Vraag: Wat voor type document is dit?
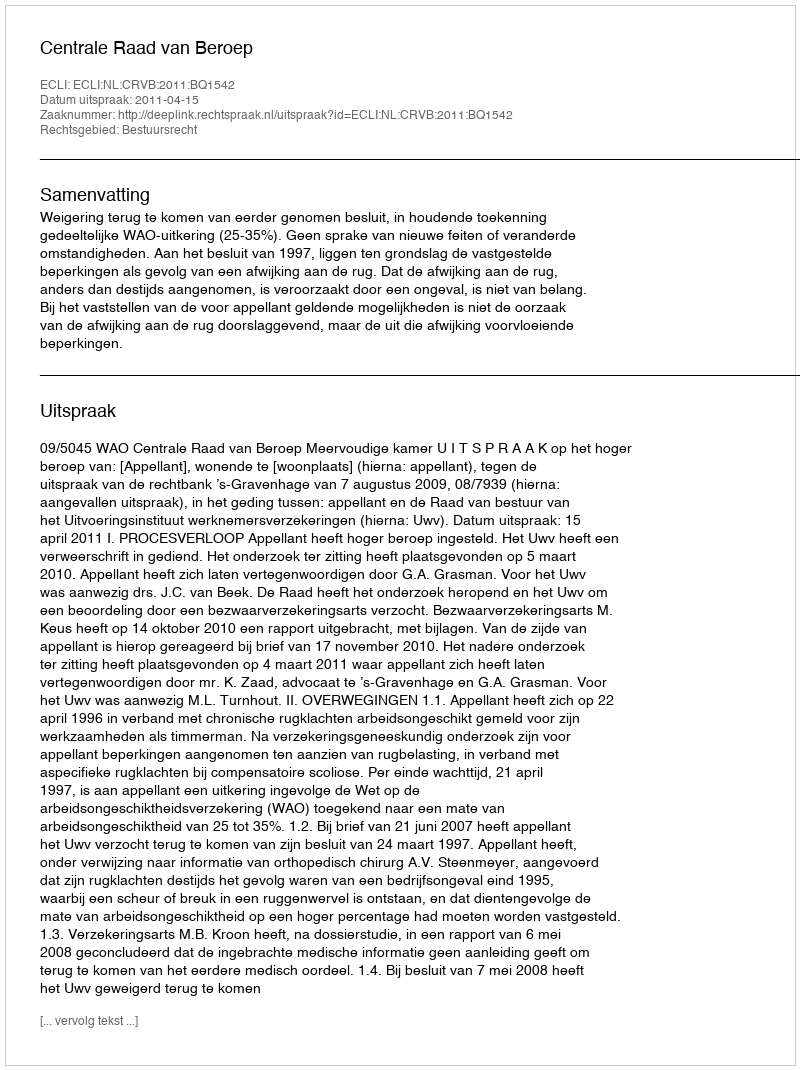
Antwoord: Uitspraak